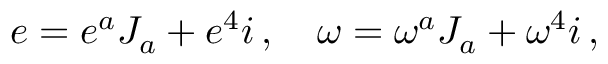
e = e ^ { a } J _ { a } + e ^ { 4 } i \, , \quad \omega = \omega ^ { a } J _ { a } + \omega ^ { 4 } i \, ,